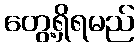
တွေ့ရှိရမည်